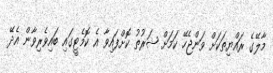
މާލޭގެ ރައްޔިތަކަށް ވަންޖެހޭ ކަމަށް ޝަރުތު ކޮށްފައިވާ އެ ކޮމެޓީގައި ބައިވެރިވާން އެދޭ